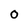
Character: 0